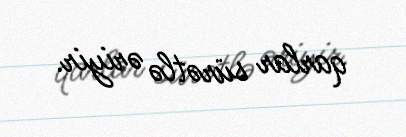
qarlar sürətlə əriyir.